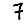
Digit: 7